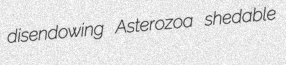
disendowing Asterozoa shedable